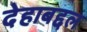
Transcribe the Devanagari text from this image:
देहाबद्दल